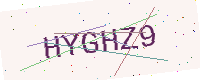
Text: HYGHZ9